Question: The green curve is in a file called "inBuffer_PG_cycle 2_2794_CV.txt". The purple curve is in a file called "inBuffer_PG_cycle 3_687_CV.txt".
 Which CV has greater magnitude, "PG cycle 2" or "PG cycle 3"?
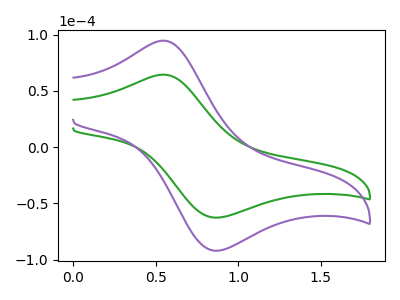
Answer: <think>The green curve "PG cycle 2" has an anodic peak at (0.55V, 64.35uA) and a cathodic peak at (0.85V, -62.65uA). The purple curve "PG cycle 3" has an anodic peak at (0.55V, 94.55uA) and a cathodic peak at (0.85V, -92.00uA).
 All the peaks in "PG cycle 2" have a peak in "PG cycle 3" at the same potential. Every peak in "PG cycle 2" is lower than every peak in "PG cycle 3".</think>
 <answer>"PG cycle 2" has less signal than "PG cycle 3".</answer>
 <eval>less_signal</eval>